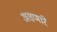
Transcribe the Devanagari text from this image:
असणांरे